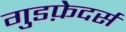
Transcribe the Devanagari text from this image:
गुडफ़ेदर्स